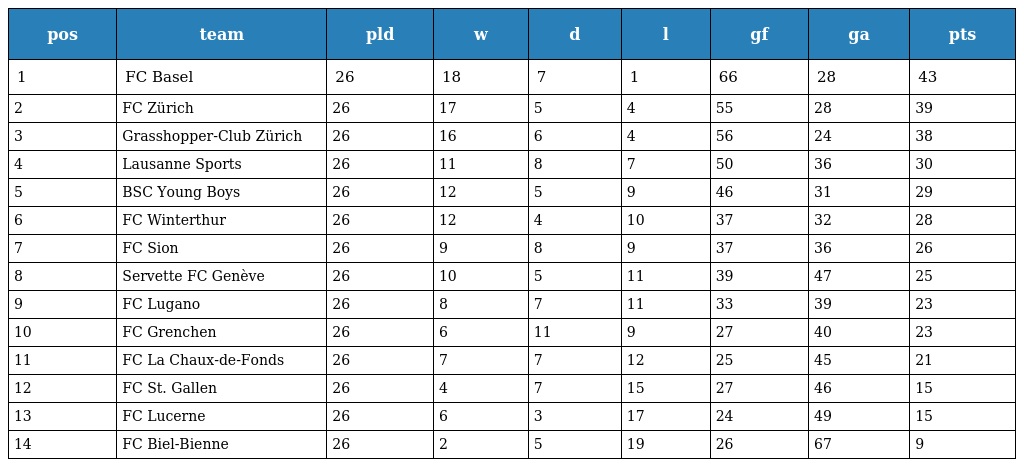
| pos | team | pld | w | d | l | gf | ga | pts |
 | --- | --- | --- | --- | --- | --- | --- | --- | --- |
 | 1 | FC Basel | 26 | 18 | 7 | 1 | 66 | 28 | 43 |
 | 2 | FC Zürich | 26 | 17 | 5 | 4 | 55 | 28 | 39 |
 | 3 | Grasshopper-Club Zürich | 26 | 16 | 6 | 4 | 56 | 24 | 38 |
 | 4 | Lausanne Sports | 26 | 11 | 8 | 7 | 50 | 36 | 30 |
 | 5 | BSC Young Boys | 26 | 12 | 5 | 9 | 46 | 31 | 29 |
 | 6 | FC Winterthur | 26 | 12 | 4 | 10 | 37 | 32 | 28 |
 | 7 | FC Sion | 26 | 9 | 8 | 9 | 37 | 36 | 26 |
 | 8 | Servette FC Genève | 26 | 10 | 5 | 11 | 39 | 47 | 25 |
 | 9 | FC Lugano | 26 | 8 | 7 | 11 | 33 | 39 | 23 |
 | 10 | FC Grenchen | 26 | 6 | 11 | 9 | 27 | 40 | 23 |
 | 11 | FC La Chaux-de-Fonds | 26 | 7 | 7 | 12 | 25 | 45 | 21 |
 | 12 | FC St. Gallen | 26 | 4 | 7 | 15 | 27 | 46 | 15 |
 | 13 | FC Lucerne | 26 | 6 | 3 | 17 | 24 | 49 | 15 |
 | 14 | FC Biel-Bienne | 26 | 2 | 5 | 19 | 26 | 67 | 9 |